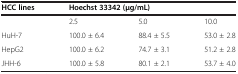
<table><thead><tr><td><b>HCC lines</b></td><td colspan="3"><b>Hoechst 33342 (μg/mL)</b></td></tr></thead><tbody><tr><td> </td><td>2.5</td><td>5.0</td><td>10.0</td></tr><tr><td>HuH-7</td><td>100.0 ± 6.4</td><td>88.4 ± 5.5</td><td>53.0 ± 2.8</td></tr><tr><td>HepG2</td><td>100.0 ± 6.2</td><td>74.7 ± 3.1</td><td>51.2 ± 2.8</td></tr><tr><td>JHH-6</td><td>100.0 ± 5.8</td><td>80.1 ± 2.1</td><td>53.7 ± 4.0</td></tr></tbody></table>